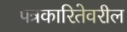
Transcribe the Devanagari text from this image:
पत्रकारितेवरील